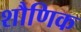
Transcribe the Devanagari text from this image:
शौणिक